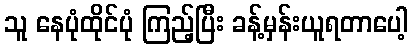
သူ နေပုံထိုင်ပုံ ကြည့်ပြီး ခန့်မှန်းယူရတာပေါ့